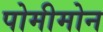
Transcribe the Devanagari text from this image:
पोमीमोन